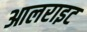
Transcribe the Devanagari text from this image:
आलराइट